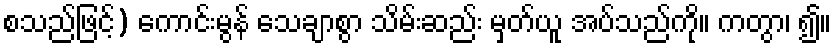
စသည်ဖြင့်) ကောင်းမွန် သေချာစွာ သိမ်းဆည်း မှတ်ယူ အပ်သည်ကို။ ကတွာ၊ ၍။